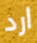
ارد